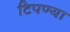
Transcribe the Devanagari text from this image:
टिपण्या